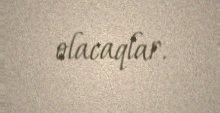
olacaqlar.